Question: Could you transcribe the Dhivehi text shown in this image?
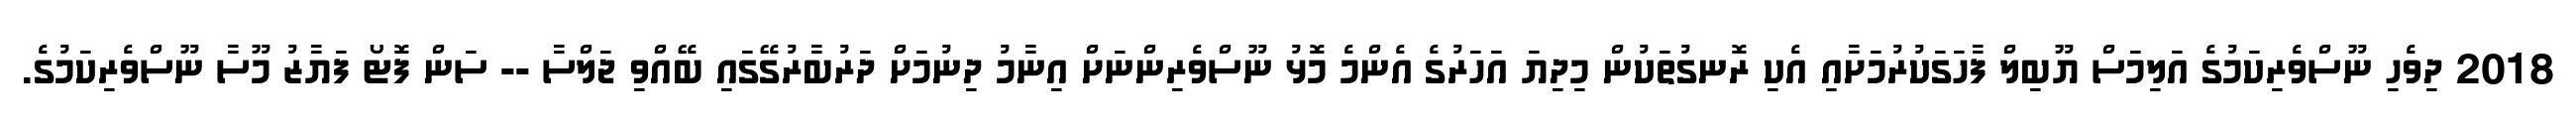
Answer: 2018 ދިވެހި ނޫސްވެރިކަމުގެ އަލިމަސް ޔޫބިލް ފާހަގަކުރުމަށާއި އެކި ރޮނގުތަކުން މިދިޔަ އަހަރުގެ އެންމެ މޮޅު ނޫސްވެރިންނަށް އިނާމު ދިނުމަށް ދަރުބާރުގޭގައި ބޭއްވި ޖަލްސާ -- ސަން ފޮޓޯ ފަޔާޒު މޫސާ ނޫސްވެރިކަމުގެ.